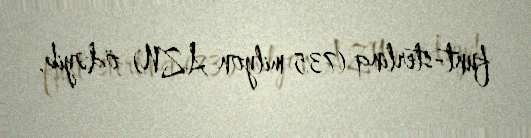
funt-sterlinq (735 milyon AZN) ödəyib.